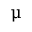
\upmu